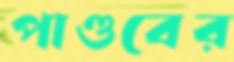
পাণ্ডবের